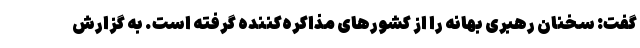
گفت: سخنان رهبری بهانه را از کشورهای مذاکره‌کننده گرفته است. به گزارش